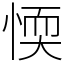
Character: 愞